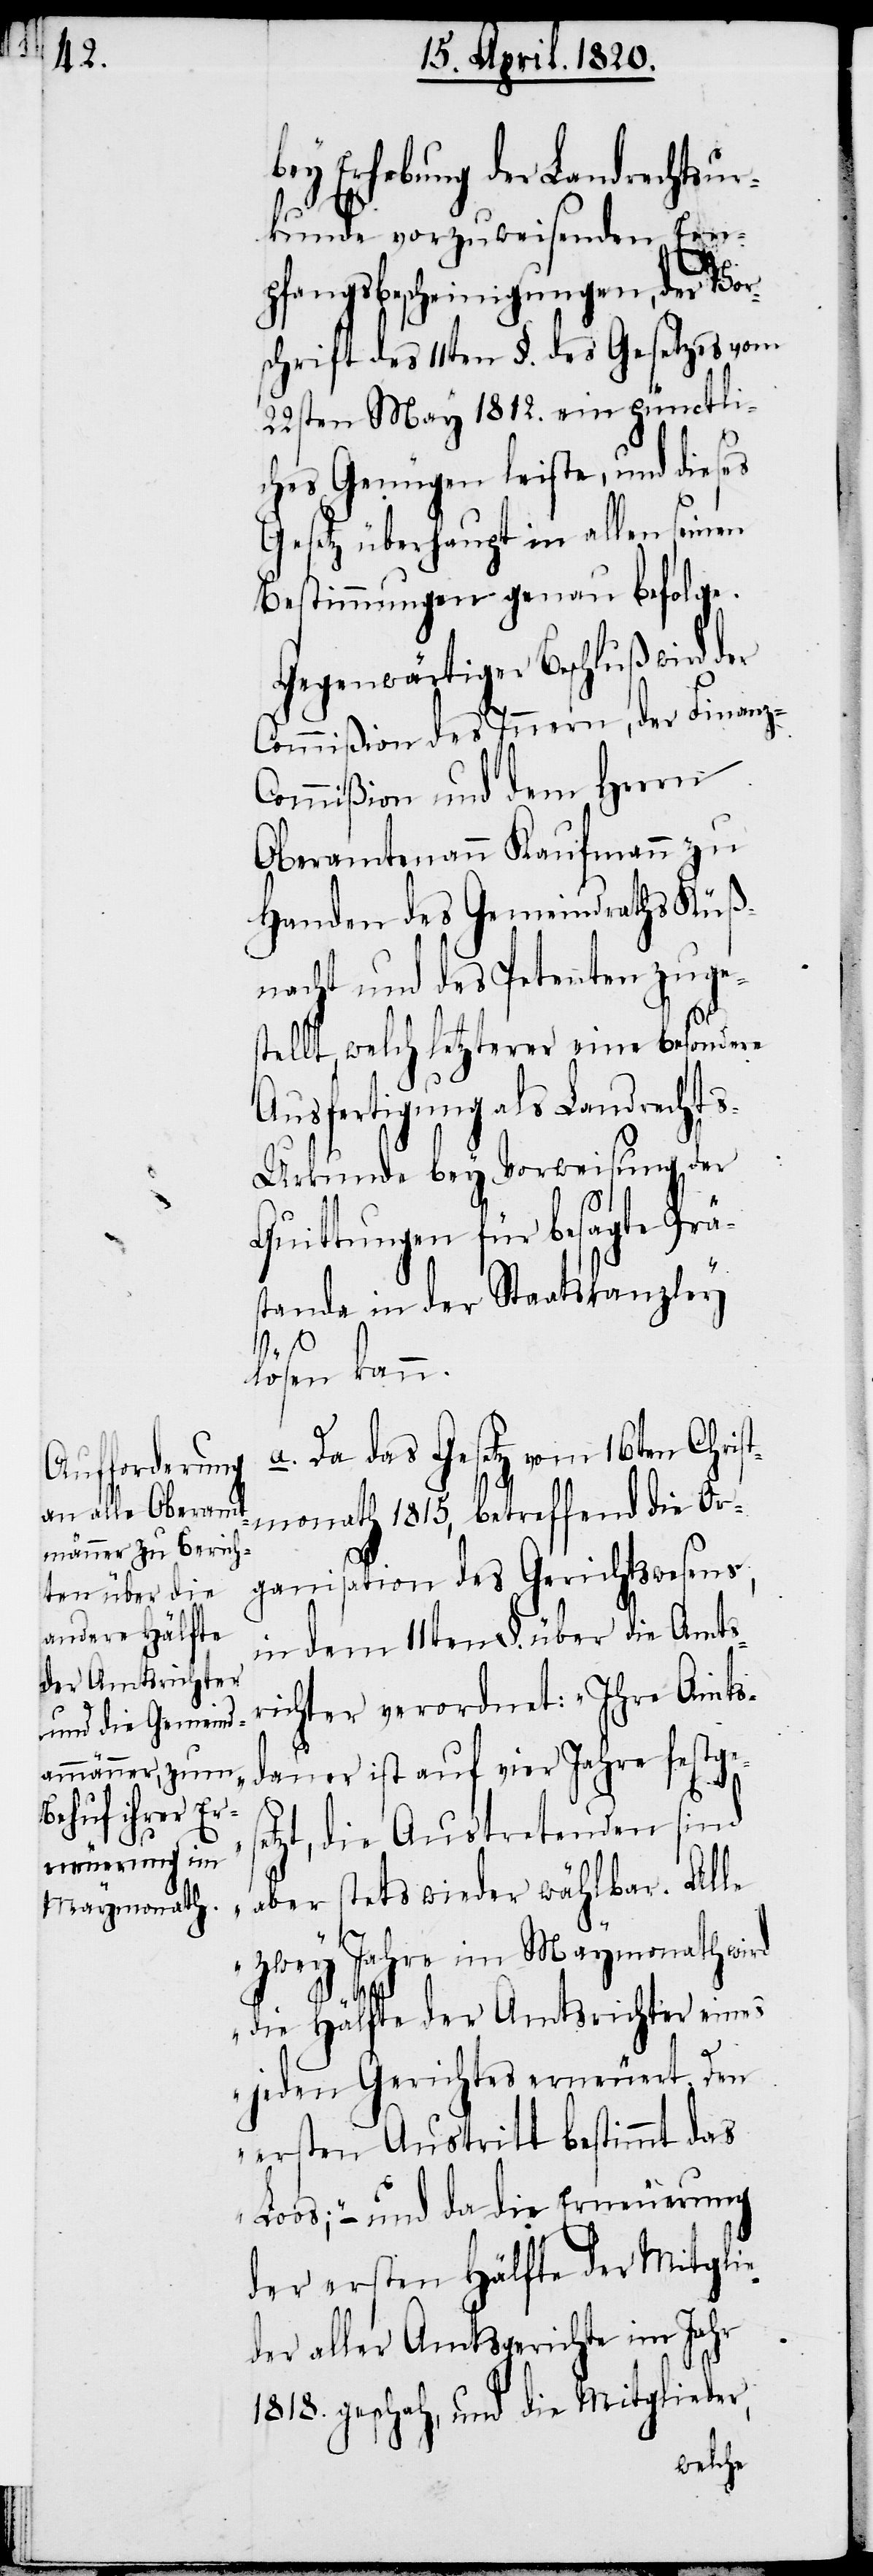
bey Erhebung der Landrechtsur¬
kunde vorzuweisenden Em¬
pfangsbescheinigungen, der Vor¬
schrift des 11ten §. des Gesetzes vom
22sten May 1812. ein pünctli¬
ches Genügen leiste, und dieses
Gesetz überhaupt in allen seinen
Bestimmungen genau befolge.
Gegenwärtiger Beschluß wird der
Commißion des Innern, der Finanz-C¬
ommißion und dem Herrn
Oberamtmann Kaufmann zu
Handen des Gemeindraths Küß¬
nacht und des Petenten zuges¬
tellt, welch letzterer eine besondere
Ausfertigung als Landrath¬
s-Urkunde bey Vorweisung der
Quittungen für besagte Prä¬
stande in der Staatskanzley
se¬
lösen kann.
a. Da das Gesetz vom 16ten Christ¬
monath 1815, betreffend die Or¬
ganisation des Gerichtswesens,
in dem 11ten §. über die Amts¬
richter verordnet: „Ihre Amts¬
dauer ist auf vier Jahre festge¬
tzt, die Austretenden sind
aber stets wieder wählbar. Alle
zwey Jahre im Maymonath wird
die Hälfte der Amtsrichter eines
jeden Gerichtes erneuert. Dem
ersten Austritt bestimmt das
Loos; –und da die Erneuerung
der ersten Hälfte der Mitglie¬
der aller Amtsgerichte im Jahr
1818. geschah, und die Mitglieder,